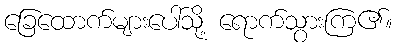
ခြေထောက်များပေါ်သို့ ရောက်သွားကြ၏။